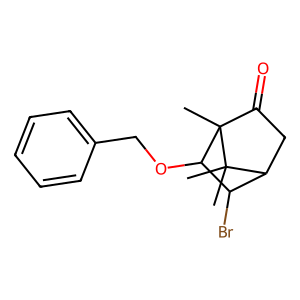
SMILES: CC1(C)C2CC(=O)C1(C)C(OCc1ccccc1)C2Br
Inhibits HIV replication: No